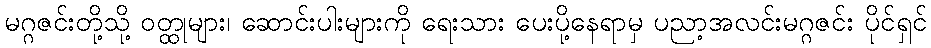
မဂ္ဂဇင်းတို့သို့ ဝတ္ထုများ၊ ဆောင်းပါးများကို ရေးသား ပေးပို့နေရာမှ ပညာ့အလင်းမဂ္ဂဇင်း ပိုင်ရှင်